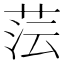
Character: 𮶤